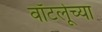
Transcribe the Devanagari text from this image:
वॉटर्लूच्या